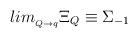
LaTeX: \begin{align*}lim_{_{Q\rightarrow q}}\Xi _Q\equiv \Sigma _{-1}\end{align*}